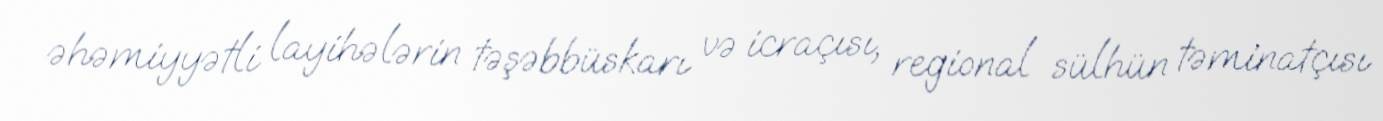
əhəmiyyətli layihələrin təşəbbüskarı və icraçısı, regional sülhün təminatçısı